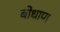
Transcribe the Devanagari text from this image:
बोधाण